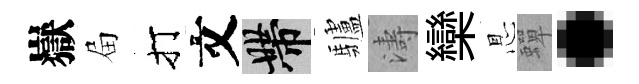
嶽屇打文帶驢濤欒㤙蟬·